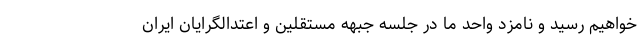
خواهیم رسید و نامزد واحد ما در جلسه جبهه مستقلین و اعتدالگرایان ایران